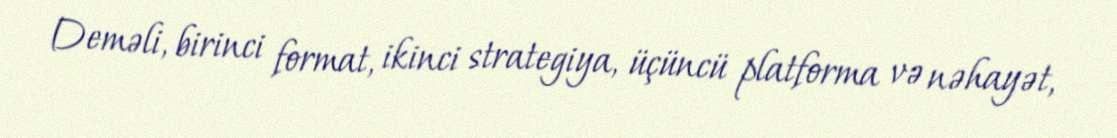
Deməli, birinci format, ikinci strategiya, üçüncü platforma və nəhayət,